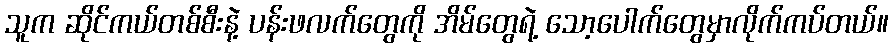
သူက ဆိုင်ကယ်တစ်စီးနဲ့ ပန်းဖလက်တွေကို အိမ်တွေရဲ့ သော့ပေါက်တွေမှာလိုက်ကပ်တယ်။